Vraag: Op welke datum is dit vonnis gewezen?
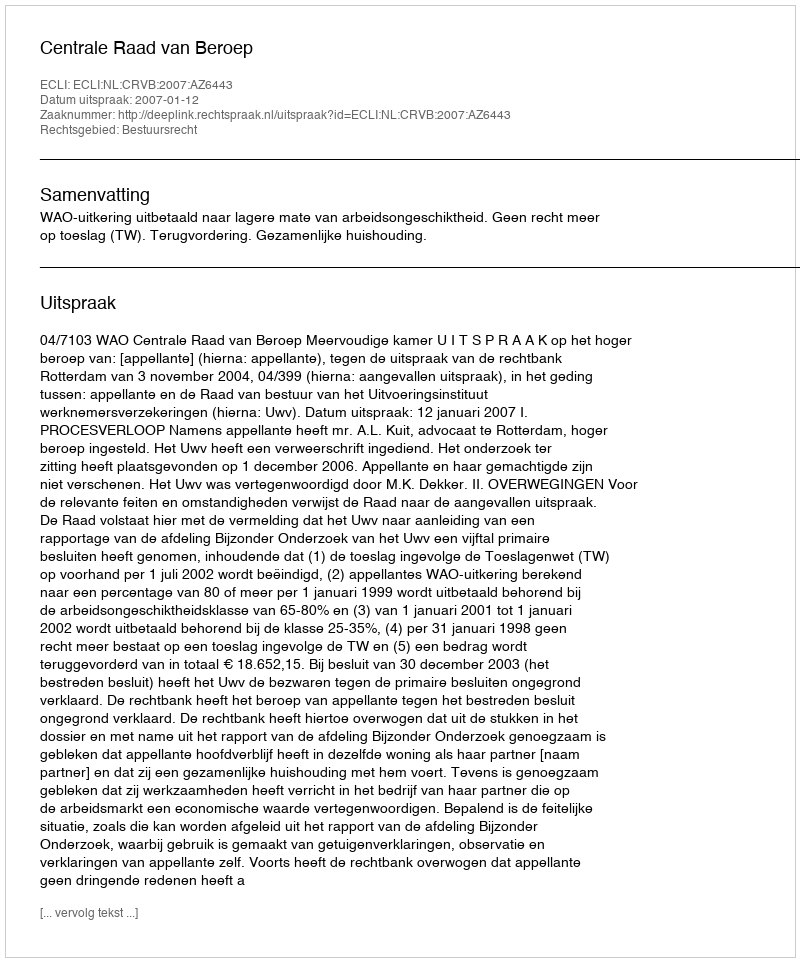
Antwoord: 2007-01-12